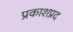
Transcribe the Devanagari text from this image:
प्रकाशप्रद